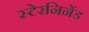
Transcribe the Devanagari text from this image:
स्टेरनिनेंड